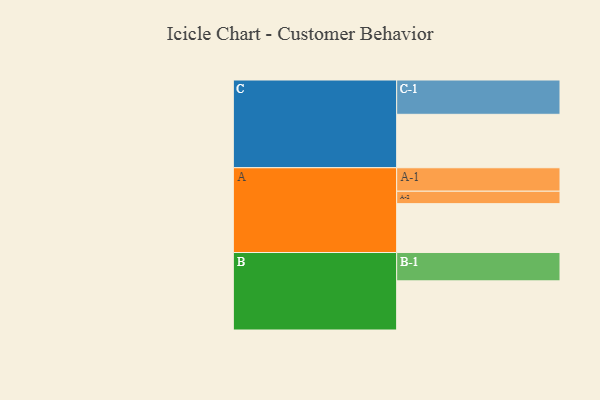
{"axis": {"x": "Segment", "y": "Value"}, "legend": ["", "A", "B", "C"], "data": [{"x": "A", "y": 342, "type": ""}, {"x": "B", "y": 344, "type": ""}, {"x": "C", "y": 374, "type": ""}, {"x": "A-1", "y": 164, "type": "A"}, {"x": "A-2", "y": 87, "type": "A"}, {"x": "B-1", "y": 198, "type": "B"}, {"x": "C-1", "y": 240, "type": "C"}]}